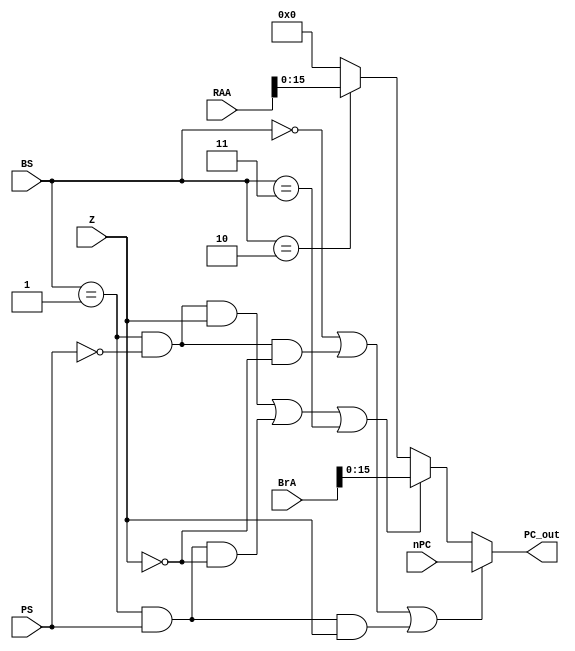
`timescale 1ns / 1ps
//////////////////////////////////////////////////////////////////////////////////
// Company: 
// Engineer: 
// 
// Design Name: 
// Module Name: preIF
// Project Name: 
// Target Devices: 
// Tool Versions: 
// Description: 
// 
// Dependencies: 
// 
// Revision:
// Revision 0.01 - File Created
// Additional Comments:
// 
//////////////////////////////////////////////////////////////////////////////////


module preIF(
   input [1:0]  BS, 
   input PS,  
   input Z,
   input [15:0] nPC,
   input [31:0] BrA,
   input [31:0] RAA,
   output [15:0] PC_out
  
       );
    
assign PC_out = ((BS==0)||(BS==1 && PS==0 && Z==0)||(BS==1 && PS==1 && Z==1))  ? nPC :
            ((BS==1 && PS==0 && Z==1)||(BS==1 && PS==1 && Z==0)||(BS==3))  ? BrA  :
            (BS==2) ? RAA : 0 ;    
       
endmodule